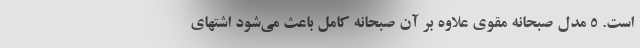
است. ۵ مدل صبحانه مقوی علاوه بر آن صبحانه کامل باعث می‌شود اشتهای